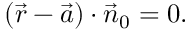
( { \vec { r } } - { \vec { a } } ) \cdot { \vec { n } } _ { 0 } = 0 .